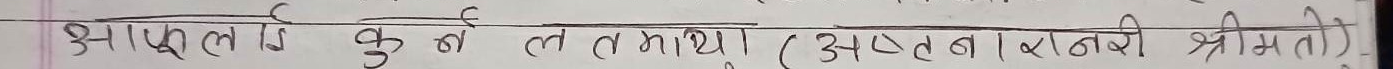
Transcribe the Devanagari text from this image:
अफ्‌तुल कुब ल मथ्या (अस्पतालकी श्रीमती)